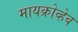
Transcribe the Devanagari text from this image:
मायक्रोव्हेव